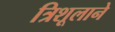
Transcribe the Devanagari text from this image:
त्रिशूलाने